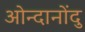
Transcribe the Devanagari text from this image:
ओन्दानोंदु